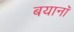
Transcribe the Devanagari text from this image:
बयानॉ